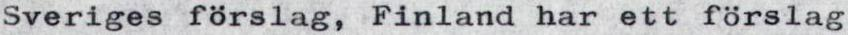
Sveriges förslag, Finland har ett förslag